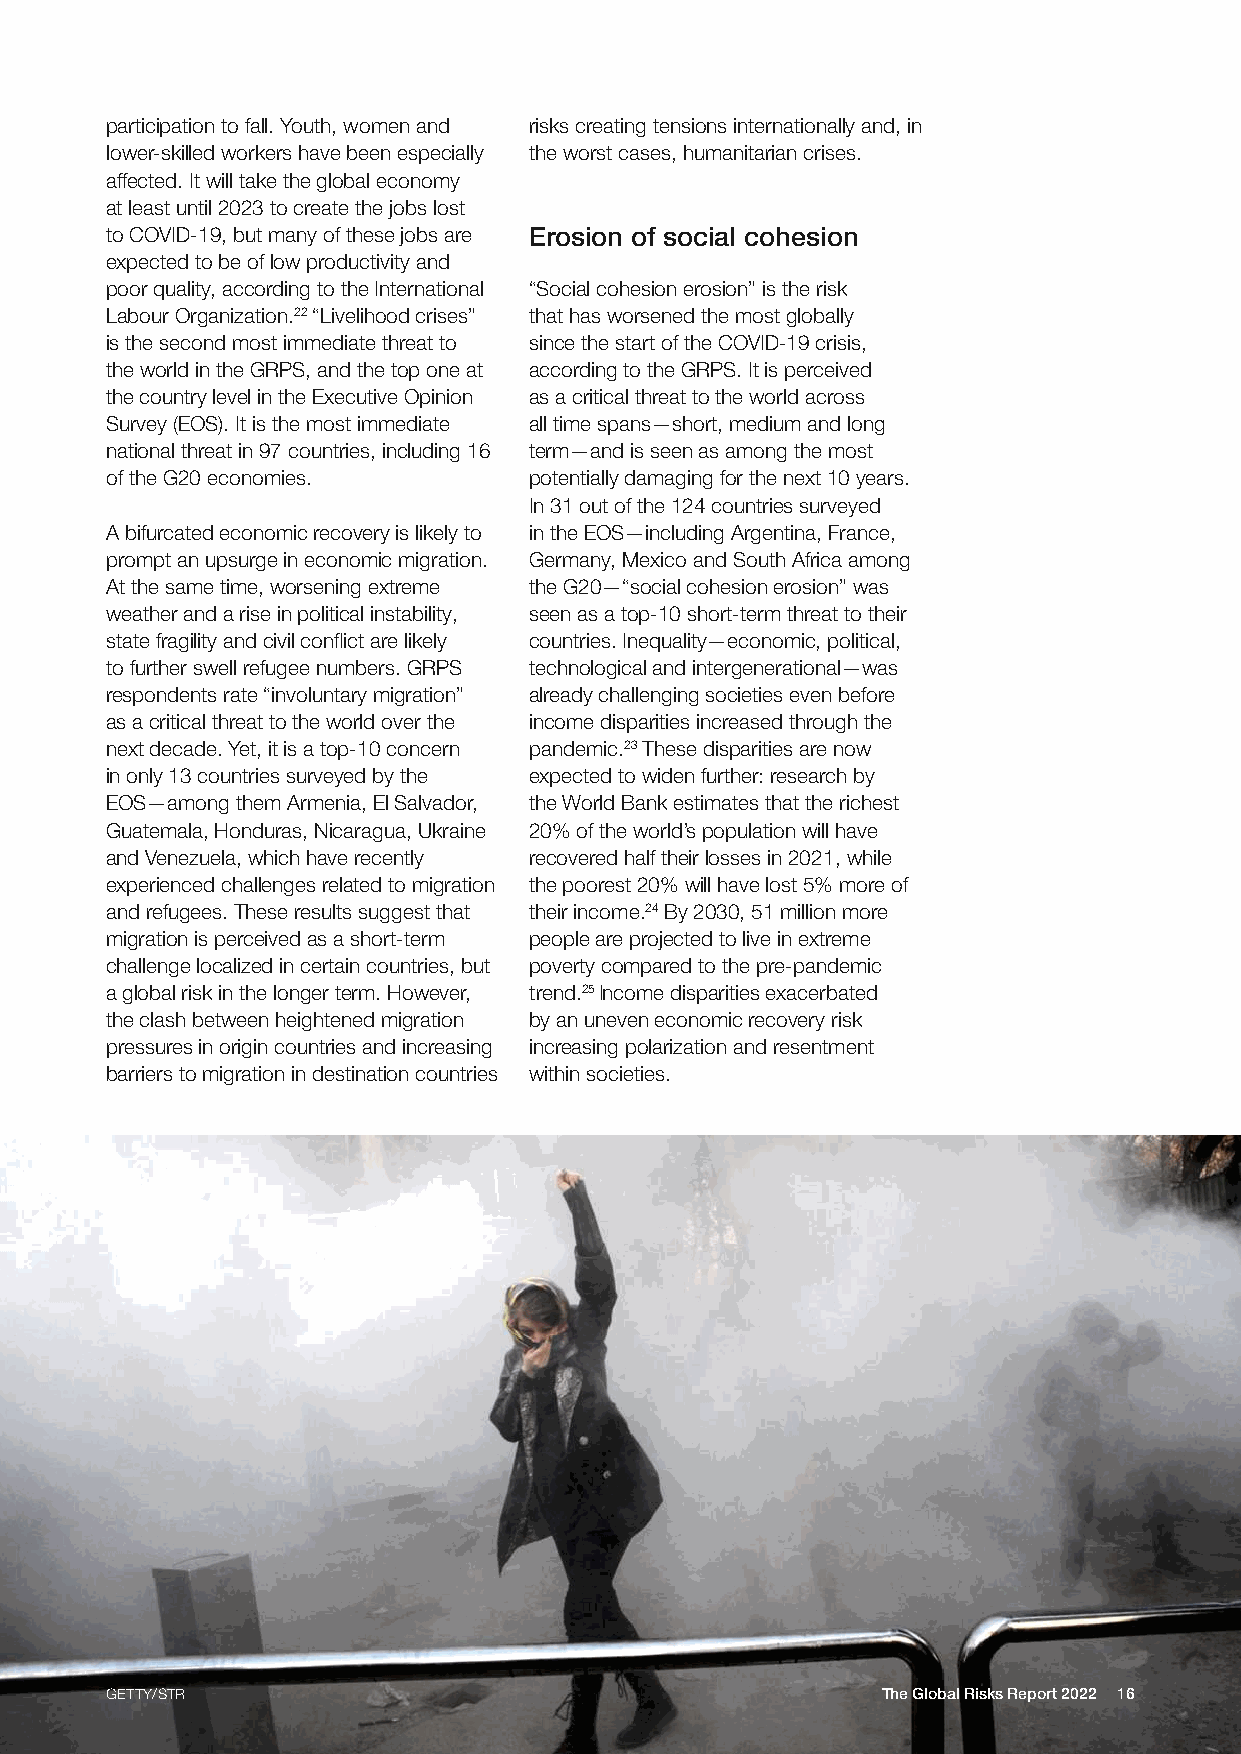
participation to fall. Youth, women and risks creating tensions internationally and, in
 lower-skilled workers have been especially the worst cases, humanitarian crises.
 affected. It will take the global economy
 at least until 2023 to create the jobs lost
 to COVID-19, but many of these jobs are Erosion of social cohesion
 expected to be of low productivity and
 poor quality, according to the International “Social cohesion erosion” is the risk
 Labour Organization.22 “Livelihood crises” that has worsened the most globally
 is the second most immediate threat to since the start of the COVID-19 crisis,
 the world in the GRPS, and the top one at according to the GRPS. It is perceived
 the country level in the Executive Opinion as a critical threat to the world across
 Survey (EOS). It is the most immediate all time spans—short, medium and long
 national threat in 97 countries, including 16 term—and is seen as among the most
 of the G20 economies.       potentially damaging for the next 10 years.
 In 31 out of the 124 countries surveyed
 A bifurcated economic recovery is likely to in the EOS—including Argentina, France,
 prompt an upsurge in economic migration. Germany, Mexico and South Africa among
 At the same time, worsening extreme the G20—“social cohesion erosion” was
 weather and a rise in political instability, seen as a top-10 short-term threat to their
 state fragility and civil conflict are likely countries. Inequality—economic, political,
 to further swell refugee numbers. GRPS technological and intergenerational—was
 respondents rate “involuntary migration” already challenging societies even before
 as a critical threat to the world over the income disparities increased through the
 next decade. Yet, it is a top-10 concern pandemic.23 These disparities are now
 in only 13 countries surveyed by the expected to widen further: research by
 EOS—among them Armenia, El Salvador, the World Bank estimates that the richest
 Guatemala, Honduras, Nicaragua, Ukraine 20% of the world’s population will have
 and Venezuela, which have recently recovered half their losses in 2021, while
 experienced challenges related to migration the poorest 20% will have lost 5% more of
 and refugees. These results suggest that their income.24 By 2030, 51 million more
 migration is perceived as a short-term people are projected to live in extreme
 challenge localized in certain countries, but poverty compared to the pre-pandemic
 a global risk in the longer term. However, trend.25 Income disparities exacerbated
 the clash between heightened migration by an uneven economic recovery risk
 pressures in origin countries and increasing increasing polarization and resentment
 barriers to migration in destination countries within societies.
 GETTY/STR                                          The Global Risks Report 2022 16